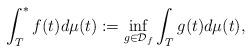
LaTeX: \begin{align*}\int_{T}^{*}f(t)d\mu (t):=\inf_{g\in \mathcal{D}_{f}}\int_{T}g(t)d\mu (t), \end{align*}